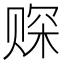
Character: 𫎩